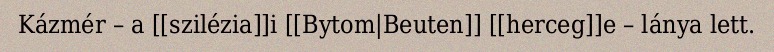
Kázmér – a [[szilézia]]i [[Bytom|Beuten]] [[herceg]]e – lánya lett.